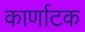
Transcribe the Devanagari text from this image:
कार्णाटक